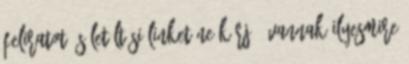
feliratot és letöltési linket ne kérj - vannak ilyesmire